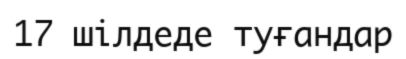
17 шілдеде туғандар